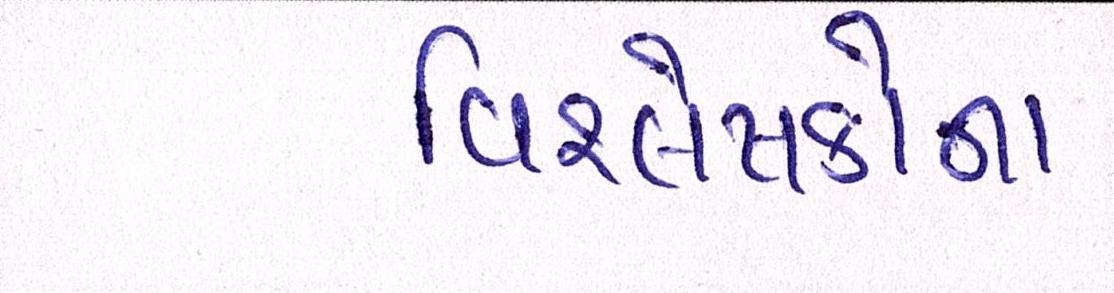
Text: વિશ્લેષકોના